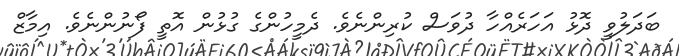
ބަދަލުވީ ދޮޅު އަހަރެއްހާ ދުވަސް ކުރިންނެވެ. ދެމީހުންގެ ގުޅުން އޮތީ ފޯނުންނެވެ. އިމާޒް